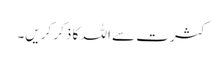
کثرت سے اللہ کا ذکر کریں۔